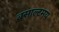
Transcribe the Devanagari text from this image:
बसाल्टमय